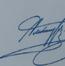
Signature authenticity: genuine